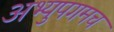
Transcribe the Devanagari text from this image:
अभ्युपगमच